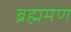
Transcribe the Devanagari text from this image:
ब्रह्ममण